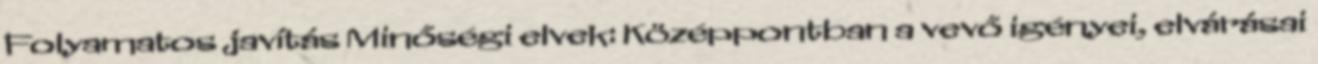
Folyamatos javítás Minőségi elvek: Középpontban a vevő igényei, elvárásai